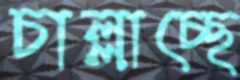
চাল্লাচ্ছে